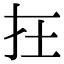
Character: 𡉈